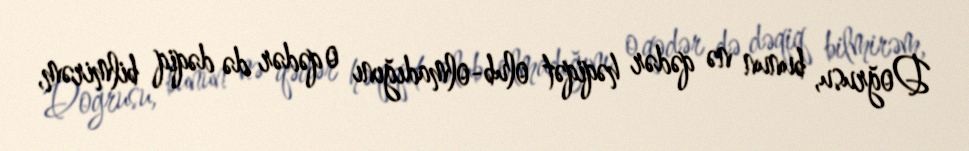
Doğrusu, bunun nə qədər həqiqət olub-olmadığını o qədər də dəqiq bilmirəm,